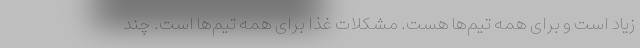
زیاد است و برای همه تیم‌ها هست. مشکلات غذا برای همه تیم‌ها است. چند